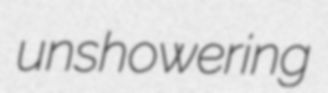
unshowering